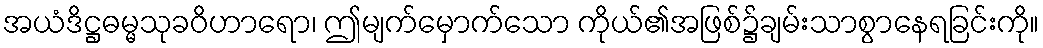
အယံဒိဋ္ဌဓမ္မသုခဝိဟာရော၊ ဤမျက်မှောက်သော ကိုယ်၏အဖြစ်၌ချမ်းသာစွာနေရခြင်းကို။